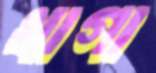
খাগা